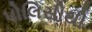
પોલિસીથી